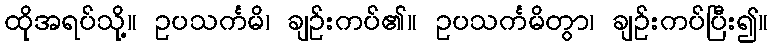
ထိုအရပ်သို့။ ဥပသင်္ကမိ၊ ချဉ်းကပ်၏။ ဥပသင်္ကမိတွာ၊ ချဉ်းကပ်ပြီး၍။